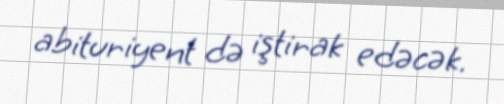
abituriyent də iştirak edəcək.